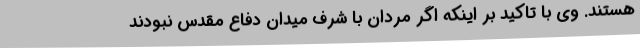
هستند. وی با تاکید بر اینکه اگر مردان با شرف میدان دفاع مقدس نبودند